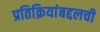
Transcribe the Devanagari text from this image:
प्रतिक्रियांबद्दलची